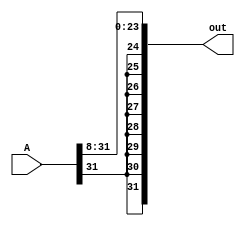
module sra8(out, A);
    input [31:0] A;
    output [31:0] out; 

    assign out[31:24] = {A[31], A[31], A[31], A[31], A[31], A[31], A[31], A[31]};
    assign out[23:0] = A[31:8];

endmodule